Indian journal of veterinary science and animal husbandry - Volume 8,
Year: 1938
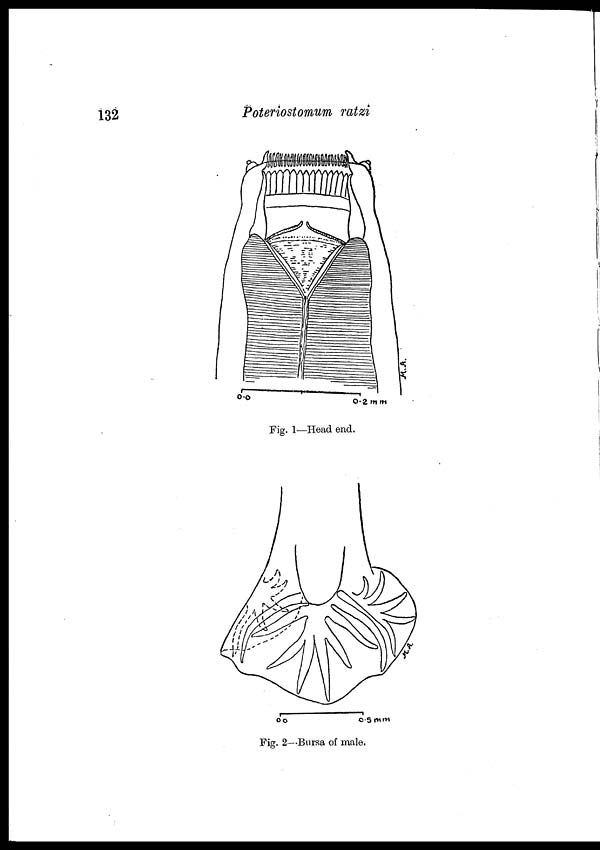
132
Poteriostomum ratzi
Fig. 1—Head end.
Fig. 2—Bursa of male.